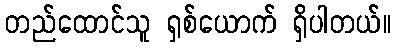
တည်ထောင်သူ ရှစ်ယောက် ရှိပါတယ်။